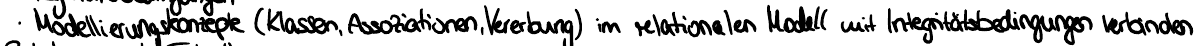
- Modellierungskonzepte (Klassen, Assoziationen, Vererbung) im relationalen Modell mit Integritätsbedingungen verbinden